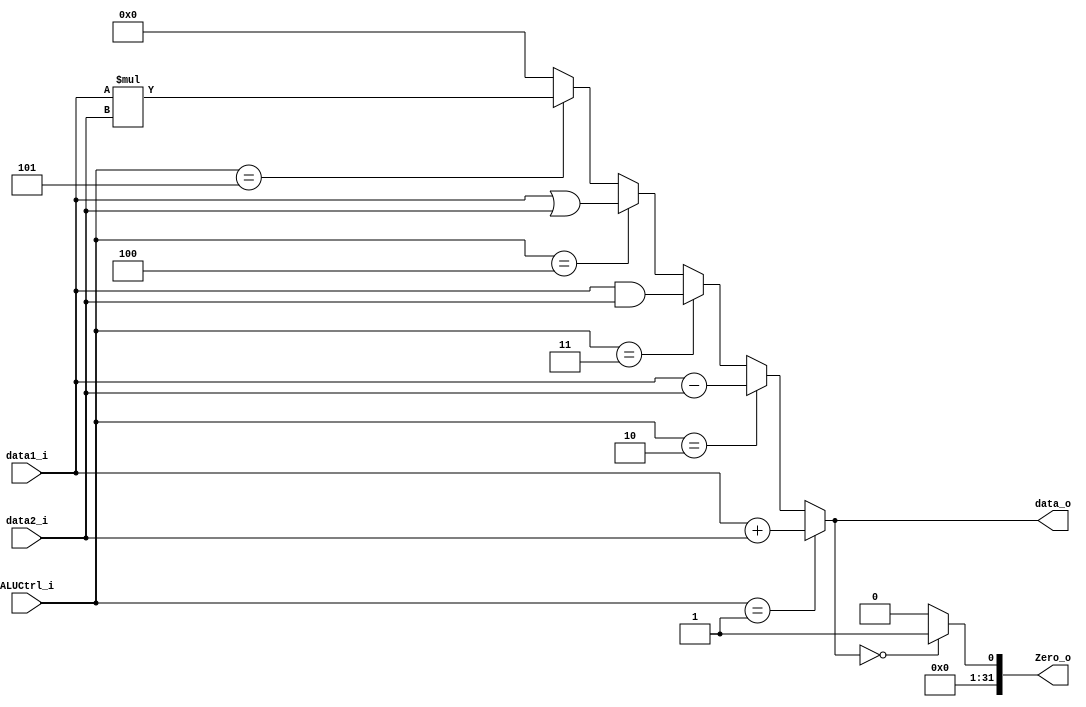
module ALU (data1_i, data2_i, ALUCtrl_i, data_o, Zero_o);

input	[31:0]	data1_i, data2_i;
input	[2:0]	ALUCtrl_i;
output	[31:0]	data_o, Zero_o;


// 1:+, 2:-, 3:&, 4:|, 5:^
/* implement here */
assign data_o =	(ALUCtrl_i==3'd1) ? data1_i+data2_i :
				    (ALUCtrl_i==3'd2) ? data1_i-data2_i :
					(ALUCtrl_i==3'd3) ? data1_i&data2_i :
					(ALUCtrl_i==3'd4) ? data1_i|data2_i :
					(ALUCtrl_i==3'd5) ? data1_i*data2_i :
					0;
assign Zero_o = (data_o == 32'b0) ? 1 : 0;

endmodule